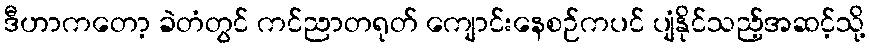
ဒီဟာကတော့ ခဲတံတွင် ကင်ညာတရုတ် ကျောင်းနေစဉ်ကပင် ပျံနိုင်သည့်အဆင့်သို့